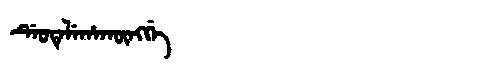
Manchu: ᡩᡝᠣᡨᡝᠯᡝᡥᠠᡴᡡᠩᡤᡝ
Romanization: DEOTELEHAKŪNGGE